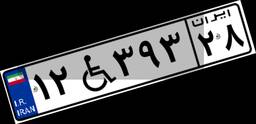
۱۲W۳۹۳۲۸